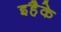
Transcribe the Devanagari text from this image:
इहैके